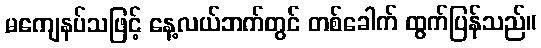
မကျေနပ်သဖြင့် နေ့လယ်ဘက်တွင် တစ်ခေါက် ထွက်ပြန်သည်။